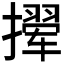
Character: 𫾉